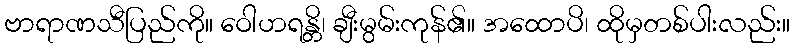
ဗာရာဏသီပြည်ကို။ ဝေါဟရန္တိ၊ ချီးမွမ်းကုန်၏။ အထောပိ၊ ထိုမှတစ်ပါးလည်း။